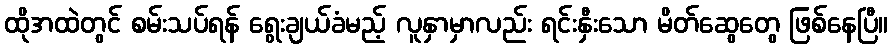
ထိုအထဲတွင် စမ်းသပ်ရန် ရွေးချယ်ခံမည့် လူနှာမှာလည်း ရင်းနှီးသော မိတ်ဆွေတွေ ဖြစ်နေပြီ။